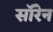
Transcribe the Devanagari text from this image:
सॉरेन